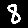
Digit: 8